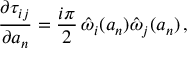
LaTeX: { \frac { \partial \tau _ { i j } } { \partial a _ { n } } } = { \frac { i \pi } { 2 } } \, \hat { \omega } _ { i } ( a _ { n } ) \hat { \omega } _ { j } ( a _ { n } ) \, ,